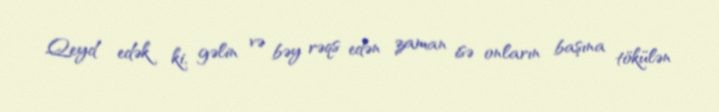
Qeyd edək ki, gəlin və bəy rəqs edən zaman isə onların başına tökülən